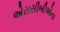
એસસીબીએના